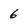
Character: 6